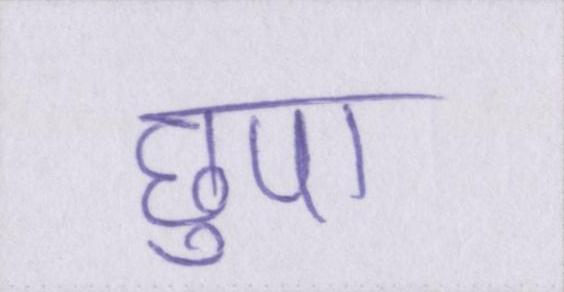
छुपा